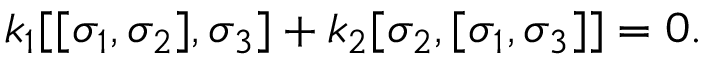
k _ { 1 } [ [ \sigma _ { 1 } , \sigma _ { 2 } ] , \sigma _ { 3 } ] + k _ { 2 } [ \sigma _ { 2 } , [ \sigma _ { 1 } , \sigma _ { 3 } ] ] = 0 .